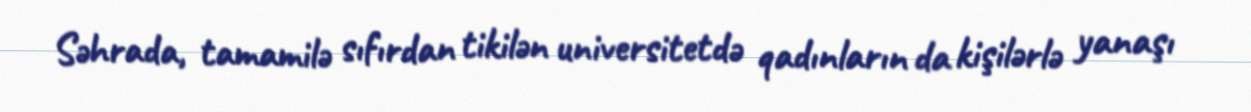
Səhrada, tamamilə sıfırdan tikilən universitetdə qadınların da kişilərlə yanaşı